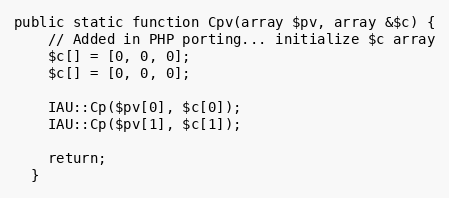
Language: PHP
public static function Cpv(array $pv, array &$c) {
    // Added in PHP porting... initialize $c array
    $c[] = [0, 0, 0];
    $c[] = [0, 0, 0];

    IAU::Cp($pv[0], $c[0]);
    IAU::Cp($pv[1], $c[1]);

    return;
  }